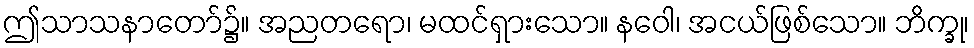
ဤသာသနာတော်၌။ အညတရော၊ မထင်ရှားသော။ နဝေါ၊ အငယ်ဖြစ်သော။ ဘိက္ခု၊